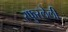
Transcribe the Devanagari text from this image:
स्फुरलेली